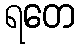
ရတေ